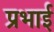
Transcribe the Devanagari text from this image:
प्रभाई